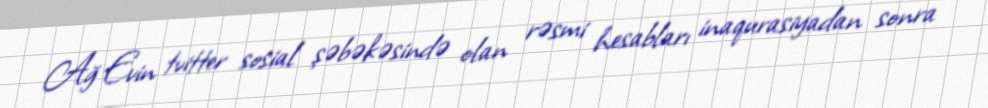
Ağ Evin tvitter sosial şəbəkəsində olan rəsmi hesabları inaqurasiyadan sonra